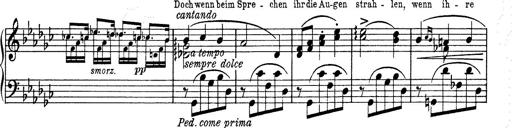
Title: 6 Polish Songs
Composer: Franz Liszt